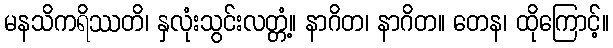
မနသိကရိဿတိ၊ နှလုံးသွင်းလတ္တံ့။ နာဂိတ၊ နာဂိတ။ တေန၊ ထိုကြောင့်။